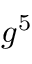
g ^ { 5 }